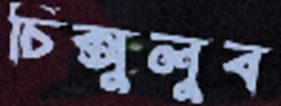
চিক্সুলুব